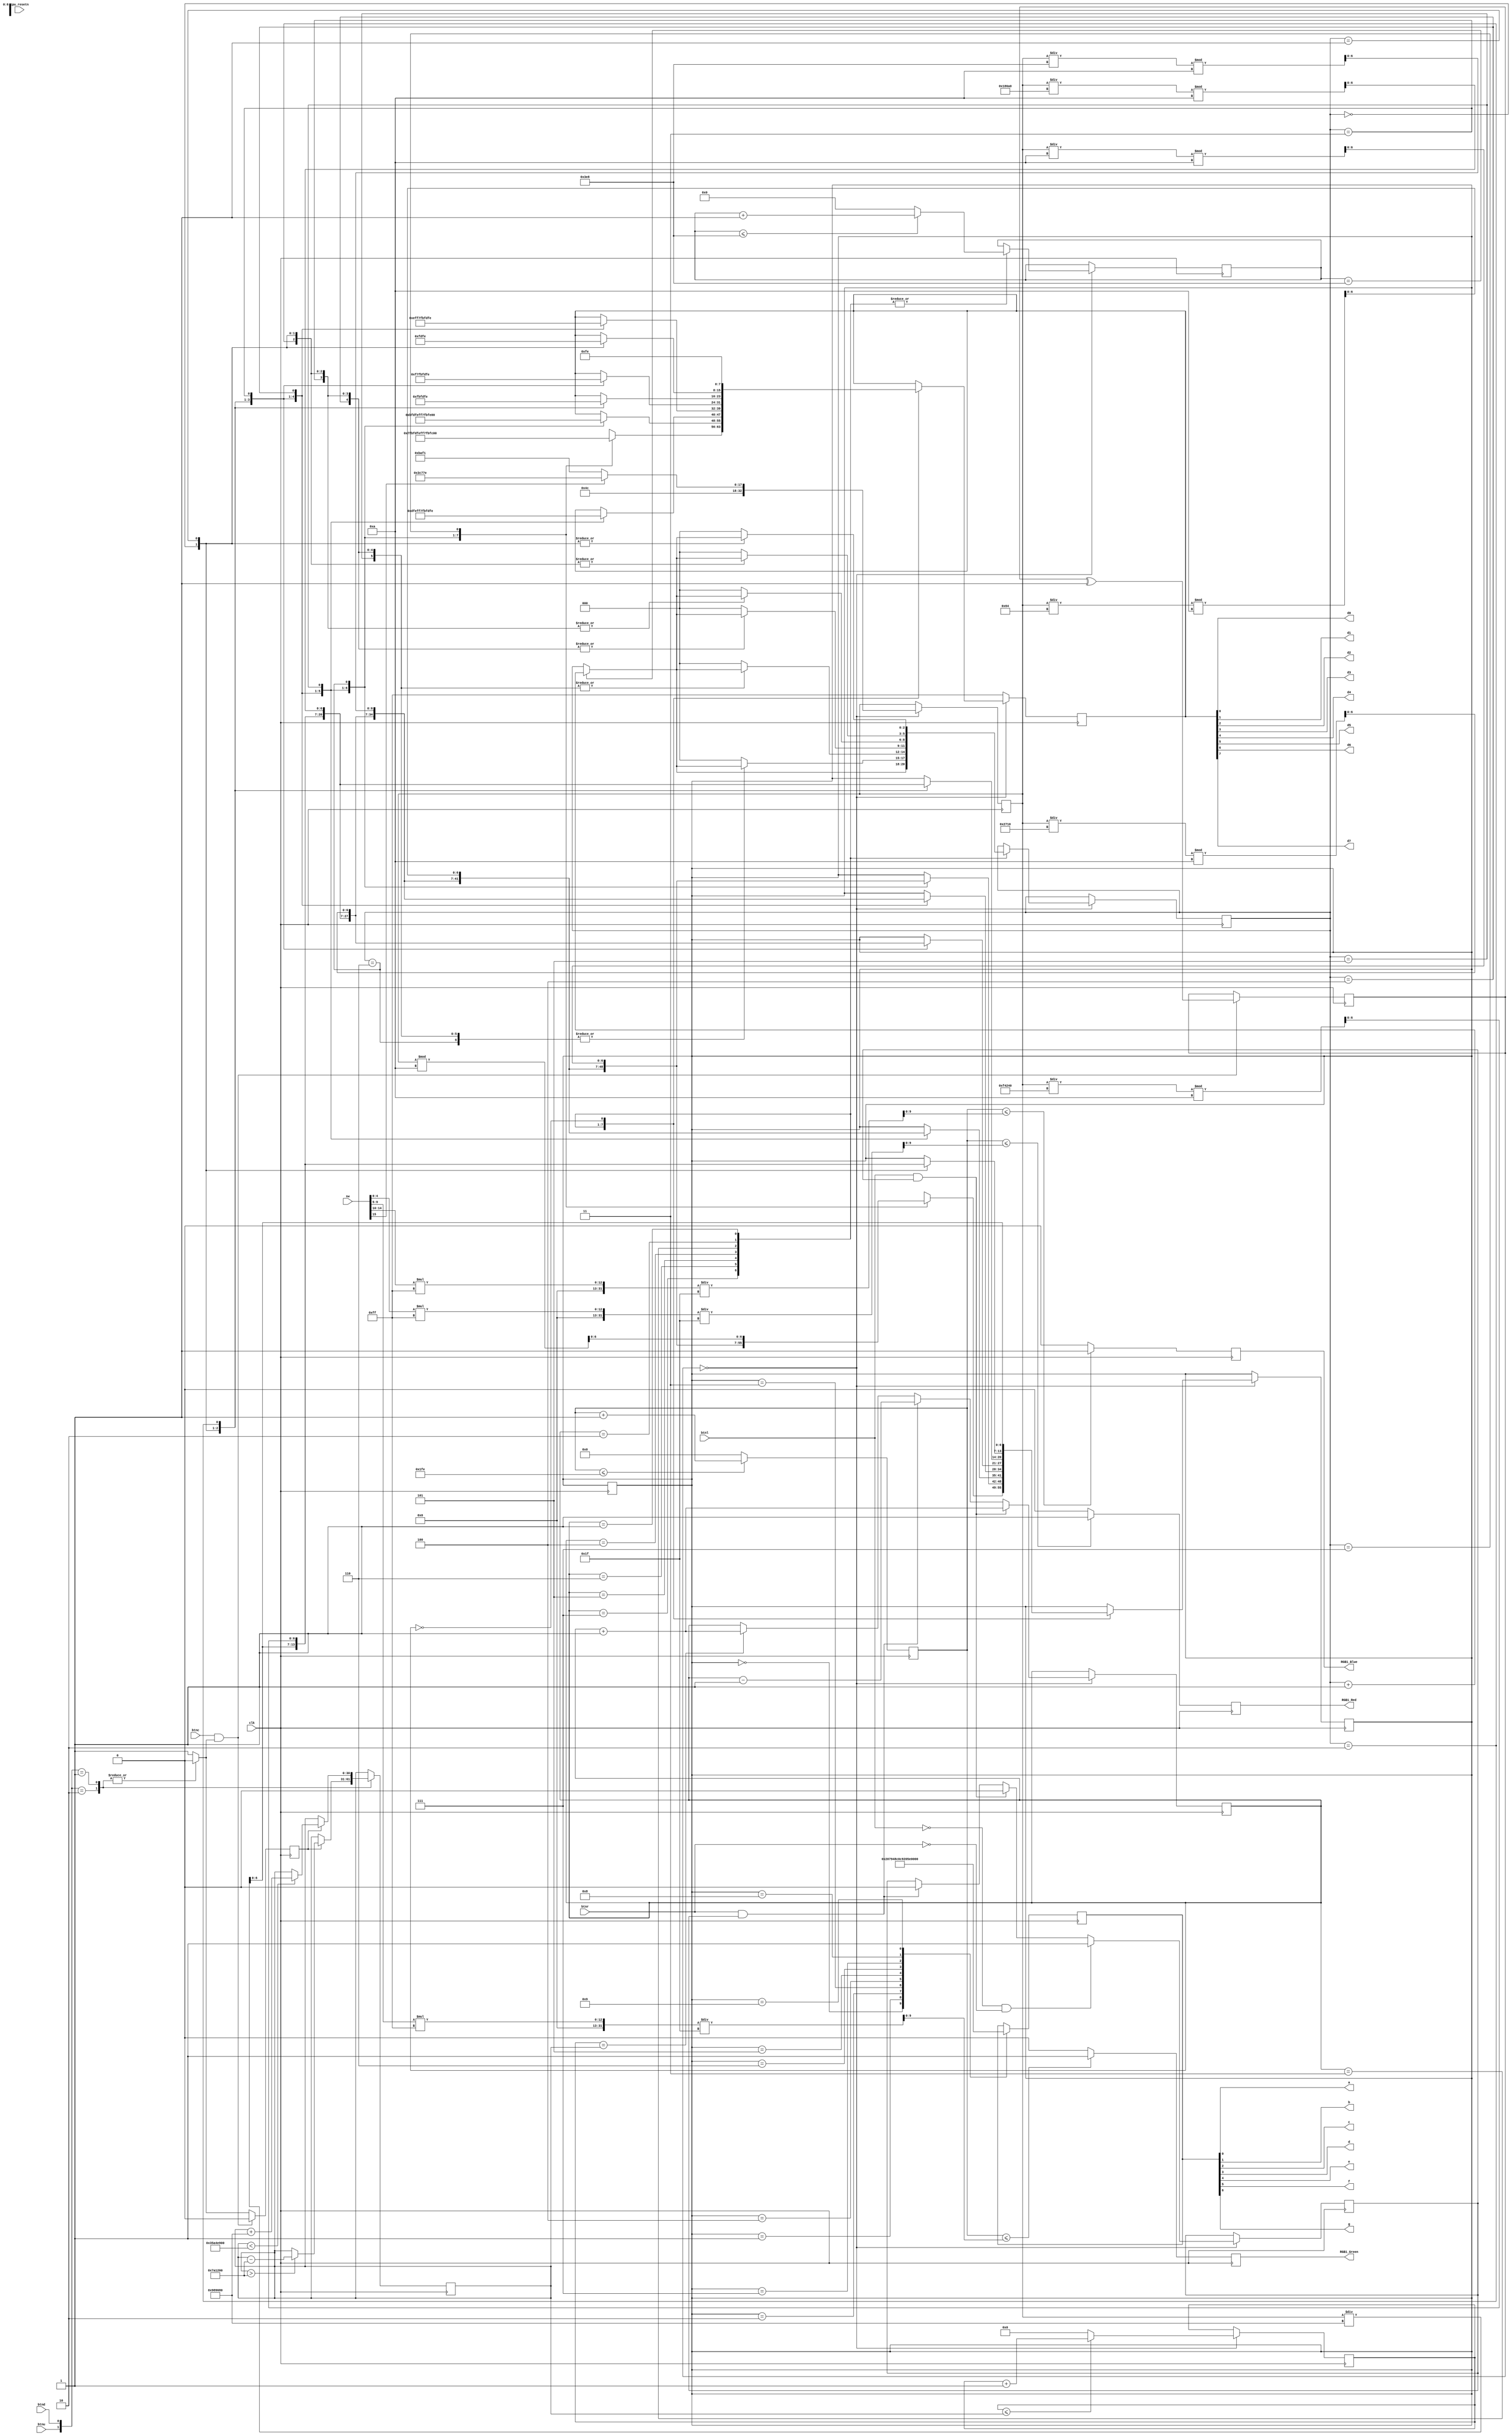
`timescale 1ns / 1ps
module Part4(
    input btnu, 
	 input btnl,
	 input btnc,
	 input btnr,
	 input btnd,
	 input clk,
	 input [15:0] sw,
	 input cpu_resetn,
	 
	 output a,
	 output b,
	 output c,
	 output d,
    output e,
    output f,
    output g,
	 
    output d0,
    output d1,
    output d2,
    output d3,
    output d4,
    output d5,
    output d6,	 	 
    output d7,
	 
	 output RGB1_Red,
	 output RGB1_Green,
	 output RGB1_Blue
    );

reg [11:0] number;
reg [30:0] counter; 
reg [15:0] incounter;
reg [2:0] state;
reg [2:0] instate;
reg [6:0] seg_number,seg_data;
reg [7:0] scan;
reg [30:0] freq;
reg [32:0] ans;
reg [1:0] choose;
reg temp;
reg temp2;
reg confirm;
reg [14:0] count_div;
reg [9:0] red;
reg [9:0] blue;
reg [9:0] green;
reg Red_OUT1;
reg Green_OUT2;
reg Blue_OUT3;
initial begin
	freq<=30'd60000000;
	choose <= 0;
	ans <= 32'd19970801;
end

always@(posedge clk) begin
	case({btnu, btnd}) 
		2'b10: begin
			if(temp)	freq<= (freq>8000000)?freq-30'd8000000:freq;
			temp = 0;
		end
		2'b01: begin
			if(temp)	freq<= (freq<900000000)?freq+30'd10000000:freq;
			temp = 0;
		end
		default: temp=1;
	endcase
	if(btnc && temp) begin
		choose <= choose^1;
		temp = 0;
	end

end

//87-segment 
assign {d7,d6,d5,d4,d3,d2,d1,d0} = scan;
always@(posedge clk) begin
	if(choose == 0) begin
		counter <=(counter<=freq) ? (counter +1) : 0;
		state <= (counter==freq) ? (state + 1) : state;
		if(btnl && temp2) begin
			state <= state+1;
			temp2=0;
		end
		else if(btnr && temp2) begin
			state <= state-1;
			temp2=0;
		end
		if(!btnl && !btnr)
			temp2=1;
		
		if(sw[15]) begin
			ans <= 32'd20170622;
		end
		if(sw[15]==0) begin
			ans <= 32'd19970801;
		end
		
		case(state)
		7:begin	 
			incounter <=(incounter<=1000) ? (incounter +1) : 0;
			instate <= (incounter==1000) ? (instate + 1) : instate;
			case(instate)
				3'd0:begin
					seg_number <= ans/10000000;
					scan <= 8'b0111_1111;
				end
				3'd1:begin
					seg_number <= ans/1000000%10;
					scan <= 8'b1011_1111;
				end
				3'd2:begin
					seg_number <= ans/100000%10;
					scan <= 8'b1101_1111;
				end
				3'd3:begin
					seg_number <= ans/10000%10;
					scan <= 8'b1110_1111;
				end
				3'd4:begin
					seg_number <= ans/1000%10;
					scan <= 8'b1111_0111;
				end
				3'd5:begin
					seg_number <= ans/100%10;
					scan <= 8'b1111_1011;
				end
				3'd6:begin
					seg_number <= ans/10%10;
					scan <= 8'b1111_1101;
				end
				3'd7:begin
					seg_number <= ans%10;
					scan <= 8'b1111_1110;
				end
				default
					instate <= 0;
			endcase
		end
		6:begin
			incounter <=(incounter<=1000) ? (incounter +1) : 0;
			instate <= (incounter==1000) ? (instate + 1) : instate;
			case(instate)
				3'd0:begin
					seg_number <= ans/10000000;
					scan <= 8'b1011_1111;
				end
				3'd1:begin
					seg_number <= ans/1000000%10;
					scan <= 8'b1101_1111;
				end
				3'd2:begin
					seg_number <= ans/100000%10;
					scan <= 8'b1110_1111;
				end
				3'd3:begin
					seg_number <= ans/10000%10;
					scan <= 8'b1111_0111;
				end
				3'd4:begin
					seg_number <= ans/1000%10;
					scan <= 8'b1111_1011;
				end
				3'd5:begin
					seg_number <= ans/100%10;
					scan <= 8'b1111_1101;
				end
				3'd6:begin
					seg_number <= ans/10%10;
					scan <= 8'b1111_1110;
				end
				default
					instate <= 0;
			endcase
		end
		5:begin
			incounter <=(incounter<=1000) ? (incounter +1) : 0;
			instate <= (incounter==1000) ? (instate + 1) : instate;
			case(instate)
				3'd0:begin
					seg_number <= ans/10000000;
					scan <= 8'b1101_1111;
				end
				3'd1:begin
					seg_number <= ans/1000000%10;
					scan <= 8'b1110_1111;
				end
				3'd2:begin
					seg_number <= ans/100000%10;
					scan <= 8'b1111_0111;
				end
				3'd3:begin
					seg_number <= ans/10000%10;
					scan <= 8'b1111_1011;
				end
				3'd4:begin
					seg_number <= ans/1000%10;
					scan <= 8'b1111_1101;
				end
				3'd5:begin
					seg_number <= ans/100%10;
					scan <= 8'b1111_1110;
				end
				default
					instate <= 0;
			endcase
		end
		4:begin
			incounter <=(incounter<=1000) ? (incounter +1) : 0;
			instate <= (incounter==1000) ? (instate + 1) : instate;
			case(instate)
				3'd0:begin
					seg_number <= ans/10000000;
					scan <= 8'b1110_1111;
				end
				3'd1:begin
					seg_number <= ans/1000000%10;
					scan <= 8'b1111_0111;
				end
				3'd2:begin
					seg_number <= ans/100000%10;
					scan <= 8'b1111_1011;
				end
				3'd3:begin
					seg_number <= ans/10000%10;
					scan <= 8'b1111_1101;
				end
				3'd4:begin
					seg_number <= ans/1000%10;
					scan <= 8'b1111_1110;
				end
				default
					instate <= 0;
			endcase
		end
		3:begin
			incounter <=(incounter<=1000) ? (incounter +1) : 0;
			instate <= (incounter==1000) ? (instate + 1) : instate;
			case(instate)
				3'd0:begin
					seg_number <= ans/10000000;
					scan <= 8'b1111_0111;
				end
				3'd1:begin
					seg_number <= ans/1000000%10;
					scan <= 8'b1111_1011;
				end
				3'd2:begin
					seg_number <= ans/100000%10;
					scan <= 8'b1111_1101;
				end
				3'd3:begin
					seg_number <= ans/10000%10;
					scan <= 8'b1111_1110;
				end
				default
					instate <= 0;
			endcase
		end
		2:begin
			incounter <=(incounter<=1000) ? (incounter +1) : 0;
			instate <= (incounter==1000) ? (instate + 1) : instate;
			case(instate)
				3'd0:begin
					seg_number <= ans/10000000;
					scan <= 8'b1111_1011;
				end
				3'd1:begin
					seg_number <= ans/1000000%10;
					scan <= 8'b1111_1101;
				end
				3'd2:begin
					seg_number <= ans/100000%10;
					scan <= 8'b1111_1110;
				end
				default
					instate <= 0;
			endcase
		end
		1:begin
			incounter <=(incounter<=1000) ? (incounter +1) : 0;
			instate <= (incounter==1000) ? (instate + 1) : instate;
			case(instate)
				3'd0:begin
					seg_number <= ans/10000000;
					scan <= 8'b1111_1101;
				end
				3'd1:begin
					seg_number <= ans/1000000%10;
					scan <= 8'b1111_1110;
				end
				default
					instate <= 0;
			endcase
		end
		0:begin
			seg_number <= ans/10000000;
			scan <= 8'b1111_1110;
		end
		default: state <= state;
		endcase  
  end
  else
		scan <= 8'b1111_1111;
end  

//7-segment XrX
assign {g,f,e,d,c,b,a} = seg_data; 
//assign {g,f,e,d} = 0; 
always@(posedge clk) begin  
  case(seg_number)
	16'd0:seg_data <= 7'b100_0000;
	16'd1:seg_data <= 7'b111_1001;
	16'd2:seg_data <= 7'b010_0100;
	16'd3:seg_data <= 7'b011_0000;
	16'd4:seg_data <= 7'b001_1001;
	16'd5:seg_data <= 7'b001_0010;
	16'd6:seg_data <= 7'b000_0010;
	16'd7:seg_data <= 7'b111_1000;
	16'd8:seg_data <= 7'b000_0000;
	16'd9:seg_data <= 7'b001_0000;
	default: seg_number <= seg_number;
  endcase
end 

//---------------------LED---------------------//
always@(posedge clk)	
begin
	count_div <= (count_div<=510) ? count_div + 14'd1 : 14'd0;
	Red_OUT1 <= (count_div<=red) ? 1 : 0;
	Green_OUT2 <= (count_div<=green) ? 1 : 0;
	Blue_OUT3 <= (count_div<=blue) ? 1 : 0;
end

always@(clk) begin
	red <= sw[4:0]*255/31;
	green <= sw[9:5]*255/31;
	blue <= sw[14:10]*255/31;
end

assign RGB1_Red = (state == 4'd0) ? Red_OUT1 : (state == 4'd1)? Red_OUT1 : Red_OUT1;
assign RGB1_Green = (state == 4'd0) ? Green_OUT2 : (state == 4'd1)? Green_OUT2 : Green_OUT2;
assign RGB1_Blue = (state == 4'd0) ? Blue_OUT3 : (state == 4'd1)? Blue_OUT3 : Blue_OUT3; 

endmodule